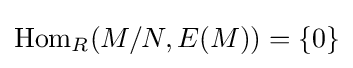
\mathrm {Hom} _{R}(M/N,E(M))=\{0\}